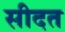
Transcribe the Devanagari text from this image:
सीदत